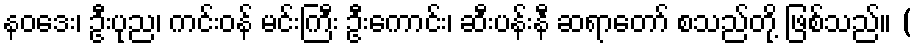
နဝဒေး၊ ဦးပုည၊ ကင်းဝန် မင်းကြီး ဦးကောင်း၊ ဆီးပန်းနီ ဆရာတော် စသည်တို့ ဖြစ်သည်။ (